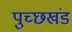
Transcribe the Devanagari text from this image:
पुच्छखंड